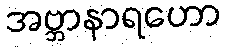
အဗ္ဘာနာရဟော